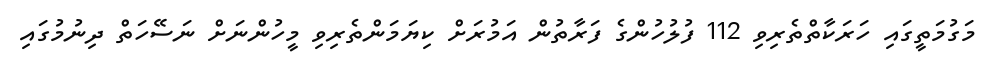
މަގުމަތީގައި ހަރަކާތްތެރިވި 112 ފުލުހުންގެ ފަރާތުން އަމުރަށް ކިޔަމަންތެރިވި މީހުންނަށް ނަސޭހަތް ދިނުމުގައި